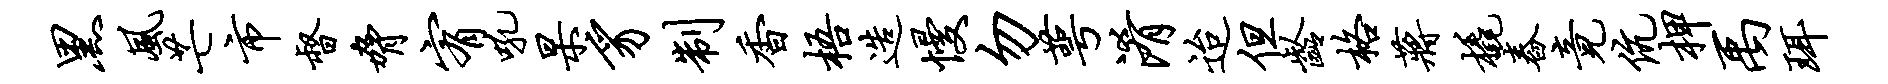
黑风芒市督胁宥吼杲豸制香梧造慢勿萼淆迨但龄格蒋橇舂竟伉柙禹珥